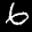
Label: 6